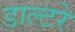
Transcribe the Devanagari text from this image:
डाल्टरे